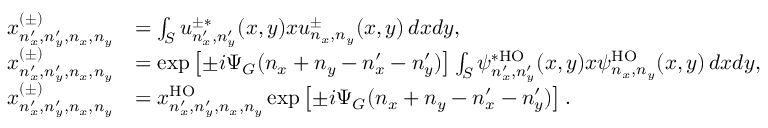
\begin{array} { r l } { x _ { n _ { x } ^ { \prime } , n _ { y } ^ { \prime } , n _ { x } , n _ { y } } ^ { ( \pm ) } } & { = \int _ { S } u _ { n _ { x } ^ { \prime } , n _ { y } ^ { \prime } } ^ { \pm * } ( x , y ) x u _ { n _ { x } , n _ { y } } ^ { \pm } ( x , y ) \, d x d y , } \\ { x _ { n _ { x } ^ { \prime } , n _ { y } ^ { \prime } , n _ { x } , n _ { y } } ^ { ( \pm ) } } & { = \exp \left[ \pm i \Psi _ { G } ( n _ { x } + n _ { y } - n _ { x } ^ { \prime } - n _ { y } ^ { \prime } ) \right] \int _ { S } \psi _ { n _ { x } ^ { \prime } , n _ { y } ^ { \prime } } ^ { * \mathrm { H O } } ( x , y ) x \psi _ { n _ { x } , n _ { y } } ^ { \mathrm { H O } } ( x , y ) \, d x d y , } \\ { x _ { n _ { x } ^ { \prime } , n _ { y } ^ { \prime } , n _ { x } , n _ { y } } ^ { ( \pm ) } } & { = x _ { n _ { x } ^ { \prime } , n _ { y } ^ { \prime } , n _ { x } , n _ { y } } ^ { \mathrm { H O } } \exp \left[ \pm i \Psi _ { G } ( n _ { x } + n _ { y } - n _ { x } ^ { \prime } - n _ { y } ^ { \prime } ) \right] . } \end{array}